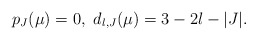
\begin{align*}p_J(\mu)=0,\ d_{l,J}(\mu)=3-2l-|J|.\end{align*}